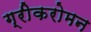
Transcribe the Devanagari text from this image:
ग्रीकरोमन